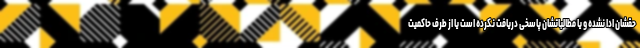
حقشان ادا نشده و یا مطالباتشان پاسخی دریافت نکرده است یا از طرف حاکمیت